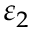
\varepsilon _ { 2 }